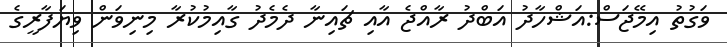
ވަގުތު އިމޭޖަސް:އަޝްހާދު އަބްދު ރާއްޖެ އާއި ޗައިނާ ދެމެދު ގާއިމުކުރާ މިނިވަން ވިޔަފާރީގެ